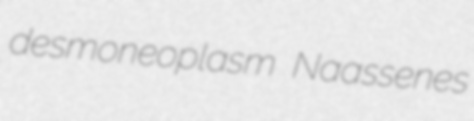
desmoneoplasm Naassenes